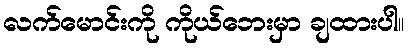
လက်မောင်းကို ကိုယ်ဘေးမှာ ချထားပါ။